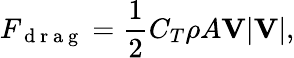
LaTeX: F_{\mathrm{~d~r~a~g~}}=\frac{1}{2}C_{T}\rho A\mathbf{V}\lvert\mathbf{V}\rvert,